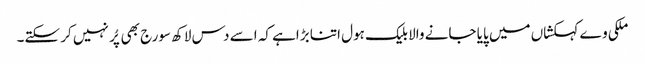
ملکی وے کہکشاں میں پایا جانے والا بلیک ہول اتنا بڑاہے کہ اسے دس لاکھ سورج بھی پُر نہیں کر سکتے۔